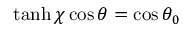
\operatorname { t a n h } \chi \cos \theta = \cos \theta _ { 0 }